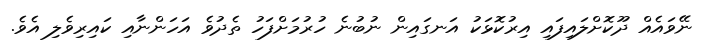
ނޭވައެއް ދޫކޮށްލައިފައި އިރުކޮޅަކު އަނގައިން ނުބުނެ ހުރުމަށްފަހު ތެދުވެ އަހަންނާއި ކައިރިވެލި އެވެ.